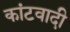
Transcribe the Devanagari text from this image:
कांटवादी